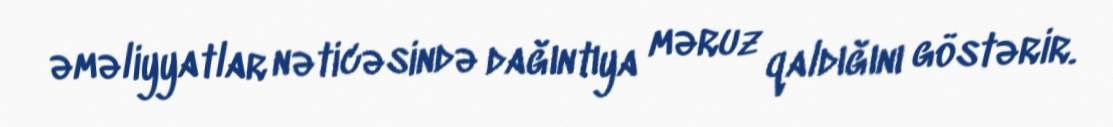
əməliyyatlar nəticəsində dağıntıya məruz qaldığını göstərir.